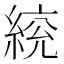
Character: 𦁙